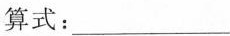
算式：___